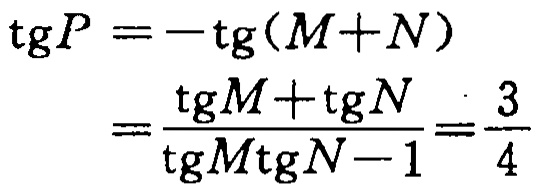
\[\begin{align*}
\operatorname{tg}P&=-\operatorname{tg}(M + N)\\
&=\frac{\operatorname{tg}M+\operatorname{tg}N}{\operatorname{tg}M\operatorname{tg}N - 1}=\frac{3}{4}
\end{align*}\]